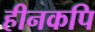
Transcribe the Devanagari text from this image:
हीनकपि